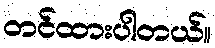
တင်ထားပါတယ်။